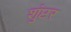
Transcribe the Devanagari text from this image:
शुंप्टर